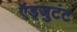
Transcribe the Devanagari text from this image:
ऍड्जुटंट